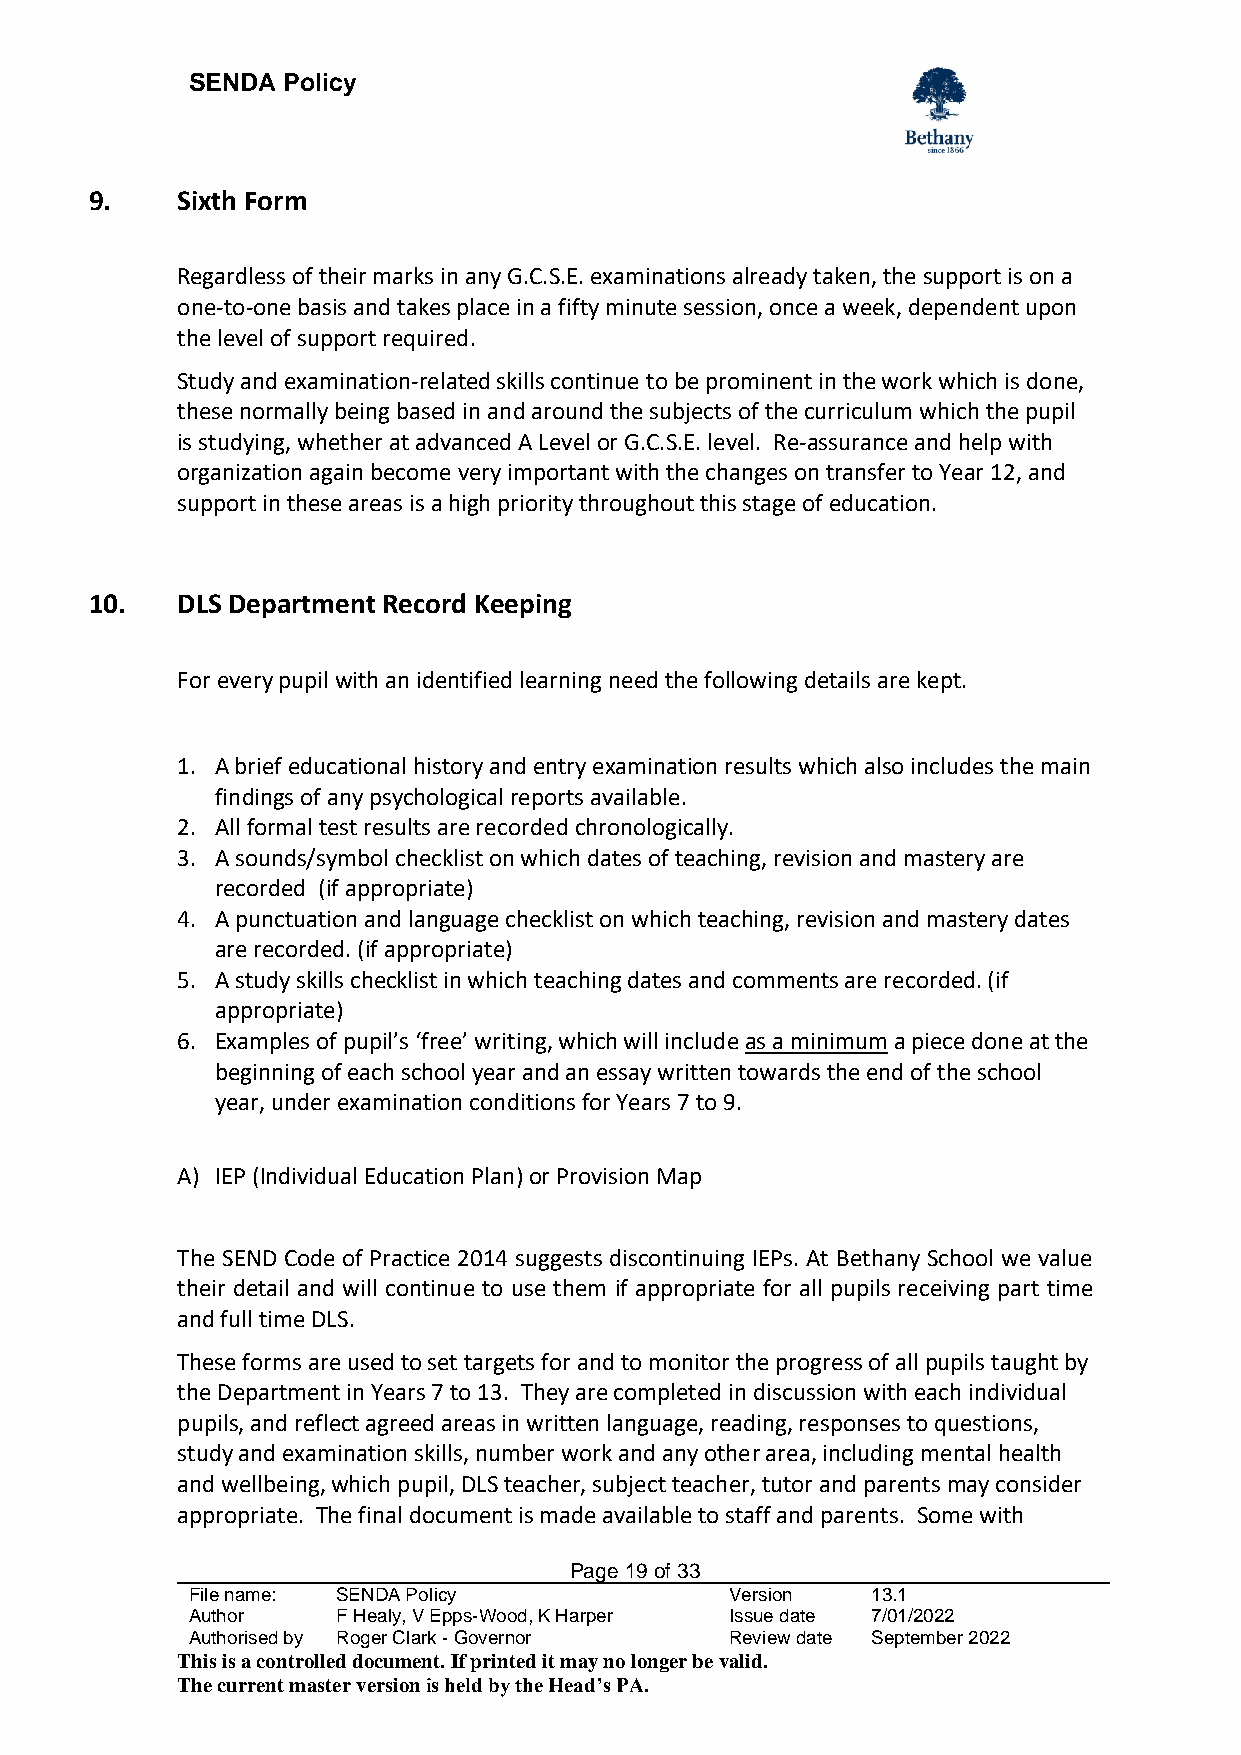
SENDA  Policy
 9.    Sixth Form
 Regardless of their marks in any G.C.S.E. examinations already taken, the support is on a
 one-to-one basis and takes place in a fifty minute session, once a week, dependent upon
 the level of support required.
 Study and examination-related skills continue to be prominent in the work which is done,
 these normally being based in and around the subjects of the curriculum which the pupil
 is studying, whether at advanced A Level or G.C.S.E. level. Re-assurance and help with
 organization again become very important with the changes on transfer to Year 12, and
 support in these areas is a high priority throughout this stage of education.
 10.   DLS Department Record Keeping
 For every pupil with an identified learning need the following details are kept.
 1. A brief educational history and entry examination results which also includes the main
 findings of any psychological reports available.
 2. All formal test results are recorded chronologically.
 3. A sounds/symbol checklist on which dates of teaching, revision and mastery are
 recorded (if appropriate)
 4. A punctuation and language checklist on which teaching, revision and mastery dates
 are recorded. (if appropriate)
 5. A study skills checklist in which teaching dates and comments are recorded. (if
 appropriate)
 6. Examples of pupil’s ‘free’ writing, which will include as a minimum a piece done at the
 beginning of each school year and an essay written towards the end of the school
 year, under examination conditions for Years 7 to 9.
 A) IEP (Individual Education Plan) or Provision Map
 The SEND Code of Practice 2014 suggests discontinuing IEPs. At Bethany School we value
 their detail and will continue to use them if appropriate for all pupils receiving part time
 and full time DLS.
 These forms are used to set targets for and to monitor the progress of all pupils taught by
 the Department in Years 7 to 13. They are completed in discussion with each individual
 pupils, and reflect agreed areas in written language, reading, responses to questions,
 study and examination skills, number work and any other area, including mental health
 and wellbeing, which pupil, DLS teacher, subject teacher, tutor and parents may consider
 appropriate. The final document is made available to staff and parents. Some with
 Page 19 of 33
 File name: SENDA Policy             Version   13.1
 Author    F Healy, V Epps-Wood, K Harper Issue date 7/01/2022
 Authorised by Roger Clark - Governor Review date September 2022
 This is a controlled document. If printed it may no longer be valid.
 The current master version is held by the Head’s PA.